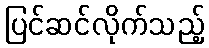
ပြင်ဆင်လိုက်သည့်